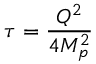
\tau = \frac { Q ^ { 2 } } { 4 M _ { p } ^ { 2 } }